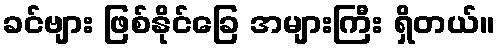
ခင်ဗျား ဖြစ်နိုင်ခြေ အများကြီး ရှိတယ်။